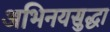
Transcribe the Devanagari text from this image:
अभिनयसुद्धा